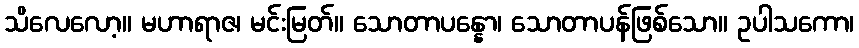
သိလေလော့။ မဟာရာဇ၊ မင်းမြတ်။ သောတာပန္နော၊ သောတာပန်ဖြစ်သော။ ဥပါသကော၊